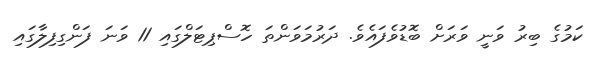
ކަމުގެ ބިރު ވަނީ ވަރަށް ބޮޑުވެފައެވެ. ދަރުމަވަންތަ ހޮސްޕިޓަލްގައި 11 ވަނަ ފަންގިފިލާގައި